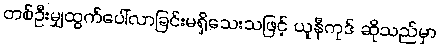
တစ်ဦးမျှထွက်ပေါ်လာခြင်းမရှိသေးသဖြင့် ယူနီကုဒ် ဆိုသည်မှာ